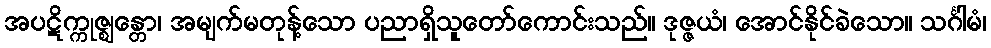
အပဋိက္ကုဇ္ဈန္တော၊ အမျက်မတုန့်သော ပညာရှိသူတော်ကောင်းသည်။ ဒုဇ္ဇယံ၊ အောင်နိုင်ခဲသော။ သင်္ဂါမံ၊